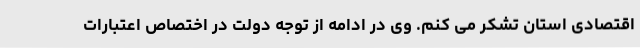
اقتصادی استان تشکر می کنم. وی در ادامه از توجه دولت در اختصاص اعتبارات